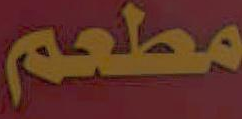
مطعم